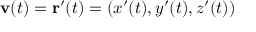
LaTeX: \mathbf { v } ( t ) = \mathbf { r } ^ { \prime } ( t ) = ( x ^ { \prime } ( t ) , y ^ { \prime } ( t ) , z ^ { \prime } ( t ) )